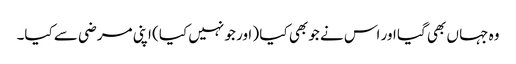
وہ جہا ں بھی گیا اور اس نے جو بھی کیا ( اور جو نہیں کیا) اپنی مرضی سے کیا۔